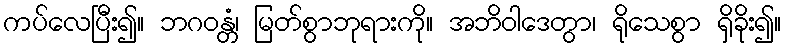
ကပ်လေပြီး၍။ ဘဂဝန္တံ၊ မြတ်စွာဘုရားကို။ အဘိဝါဒေတွာ၊ ရိုသေစွာ ရှိခိုး၍။